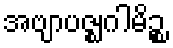
အဗျာပဇ္ဈဂါမိဉ္စ